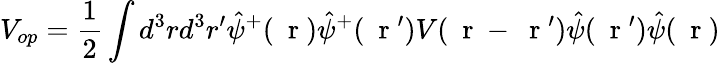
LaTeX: V_{op}=\frac{1}{2}\int d^{3}rd^{3}r^{\prime}\hat{\psi}^{+}(\mathrm{~\mathbf~r~})\hat{\psi}^{+}(\mathrm{~\mathbf~r~}^{\prime})V(\mathrm{~\mathbf~r~}-\mathrm{~\mathbf~r~}^{\prime})\hat{\psi}(\mathrm{~\mathbf~r~}^{\prime})\hat{\psi}(\mathrm{~\mathbf~r~})